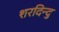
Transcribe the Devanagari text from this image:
शरदिन्दु